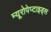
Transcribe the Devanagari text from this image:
म्यूरोपेप्टाइड्स